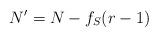
LaTeX: \begin{align*}N' = N - f_S (r-1)\end{align*}